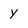
Character: Y